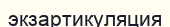
экзартикуляция